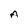
Character: A